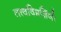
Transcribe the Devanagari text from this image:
तत्त्वविमर्शिणी